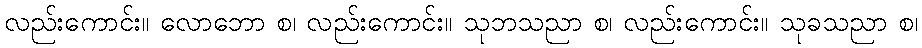
လည်းကောင်း။ လောဘော စ၊ လည်းကောင်း။ သုဘသညာ စ၊ လည်းကောင်း။ သုခသညာ စ၊